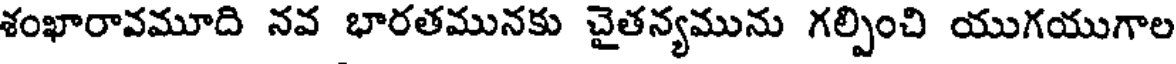
శంఖారావమూది నవ భారతమునకు చైతన్యమును గల్పించి యుగయుగాల